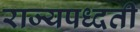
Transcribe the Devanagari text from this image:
राज्यपध्दती